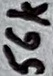
Text: 56k